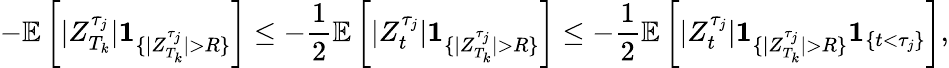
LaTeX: -\mathbb{E}\left[|Z_{T_{k}}^{\tau_{j}}|\textbf{1}_{\{ |Z_{T_{k}}^{\tau_{j}}|>R\} }\right]\leq-\frac{1}{2}\mathbb{E}\left[|Z_{t}^{\tau_{j}}|\textbf{1}_{\{ |Z_{T_{k}}^{\tau_{j}}|>R\} }\right]\le-\frac{1}{2}\mathbb{E}\left[|Z_{t}^{\tau_{j}}|\textbf{1}_{\{ |Z_{T_{k}}^{\tau_{j}}|>R\} }\textbf{1}_{\{ t<\tau_{j}\} }\right],